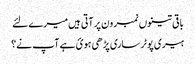
باقی تینوں نمبر ون پر آتی ہیں میرے لئے
ہیری پوٹر ساری پڑھی ہوئ ہے آپ نے؟